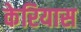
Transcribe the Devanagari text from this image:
केरियास